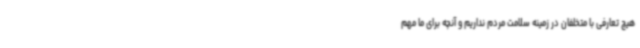
هیچ تعارفی با متخلفان در زمینه سلامت مردم نداریم و آنچه برای ما مهم